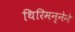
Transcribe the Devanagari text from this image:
थिरिमन्नेने